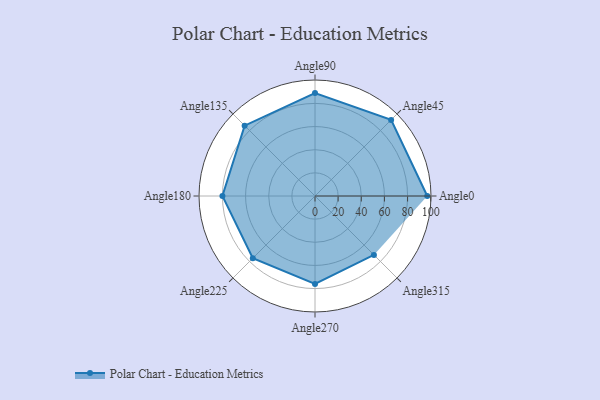
{"axis": {"x": "Angle", "y": "Radius"}, "legend": [""], "data": [{"x": "Angle0", "y": 97.0, "type": ""}, {"x": "Angle45", "y": 93.0, "type": ""}, {"x": "Angle90", "y": 89.0, "type": ""}, {"x": "Angle135", "y": 86.0, "type": ""}, {"x": "Angle180", "y": 80.0, "type": ""}, {"x": "Angle225", "y": 76.0, "type": ""}, {"x": "Angle270", "y": 76.0, "type": ""}, {"x": "Angle315", "y": 72.0, "type": ""}]}